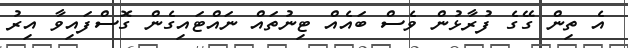
އެ ތިން ގޭގެ ފުރާޅުން ވެސް ބައެއް ޓިނުތައް ނައްޓައިގެން ގޮސްފައިވާ އިރު